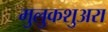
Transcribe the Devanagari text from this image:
मुलुकशुअरा